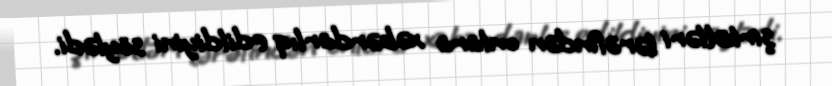
şirkətləri tərəfindən onlara xəbərdarlıq edildiyini söylədi.